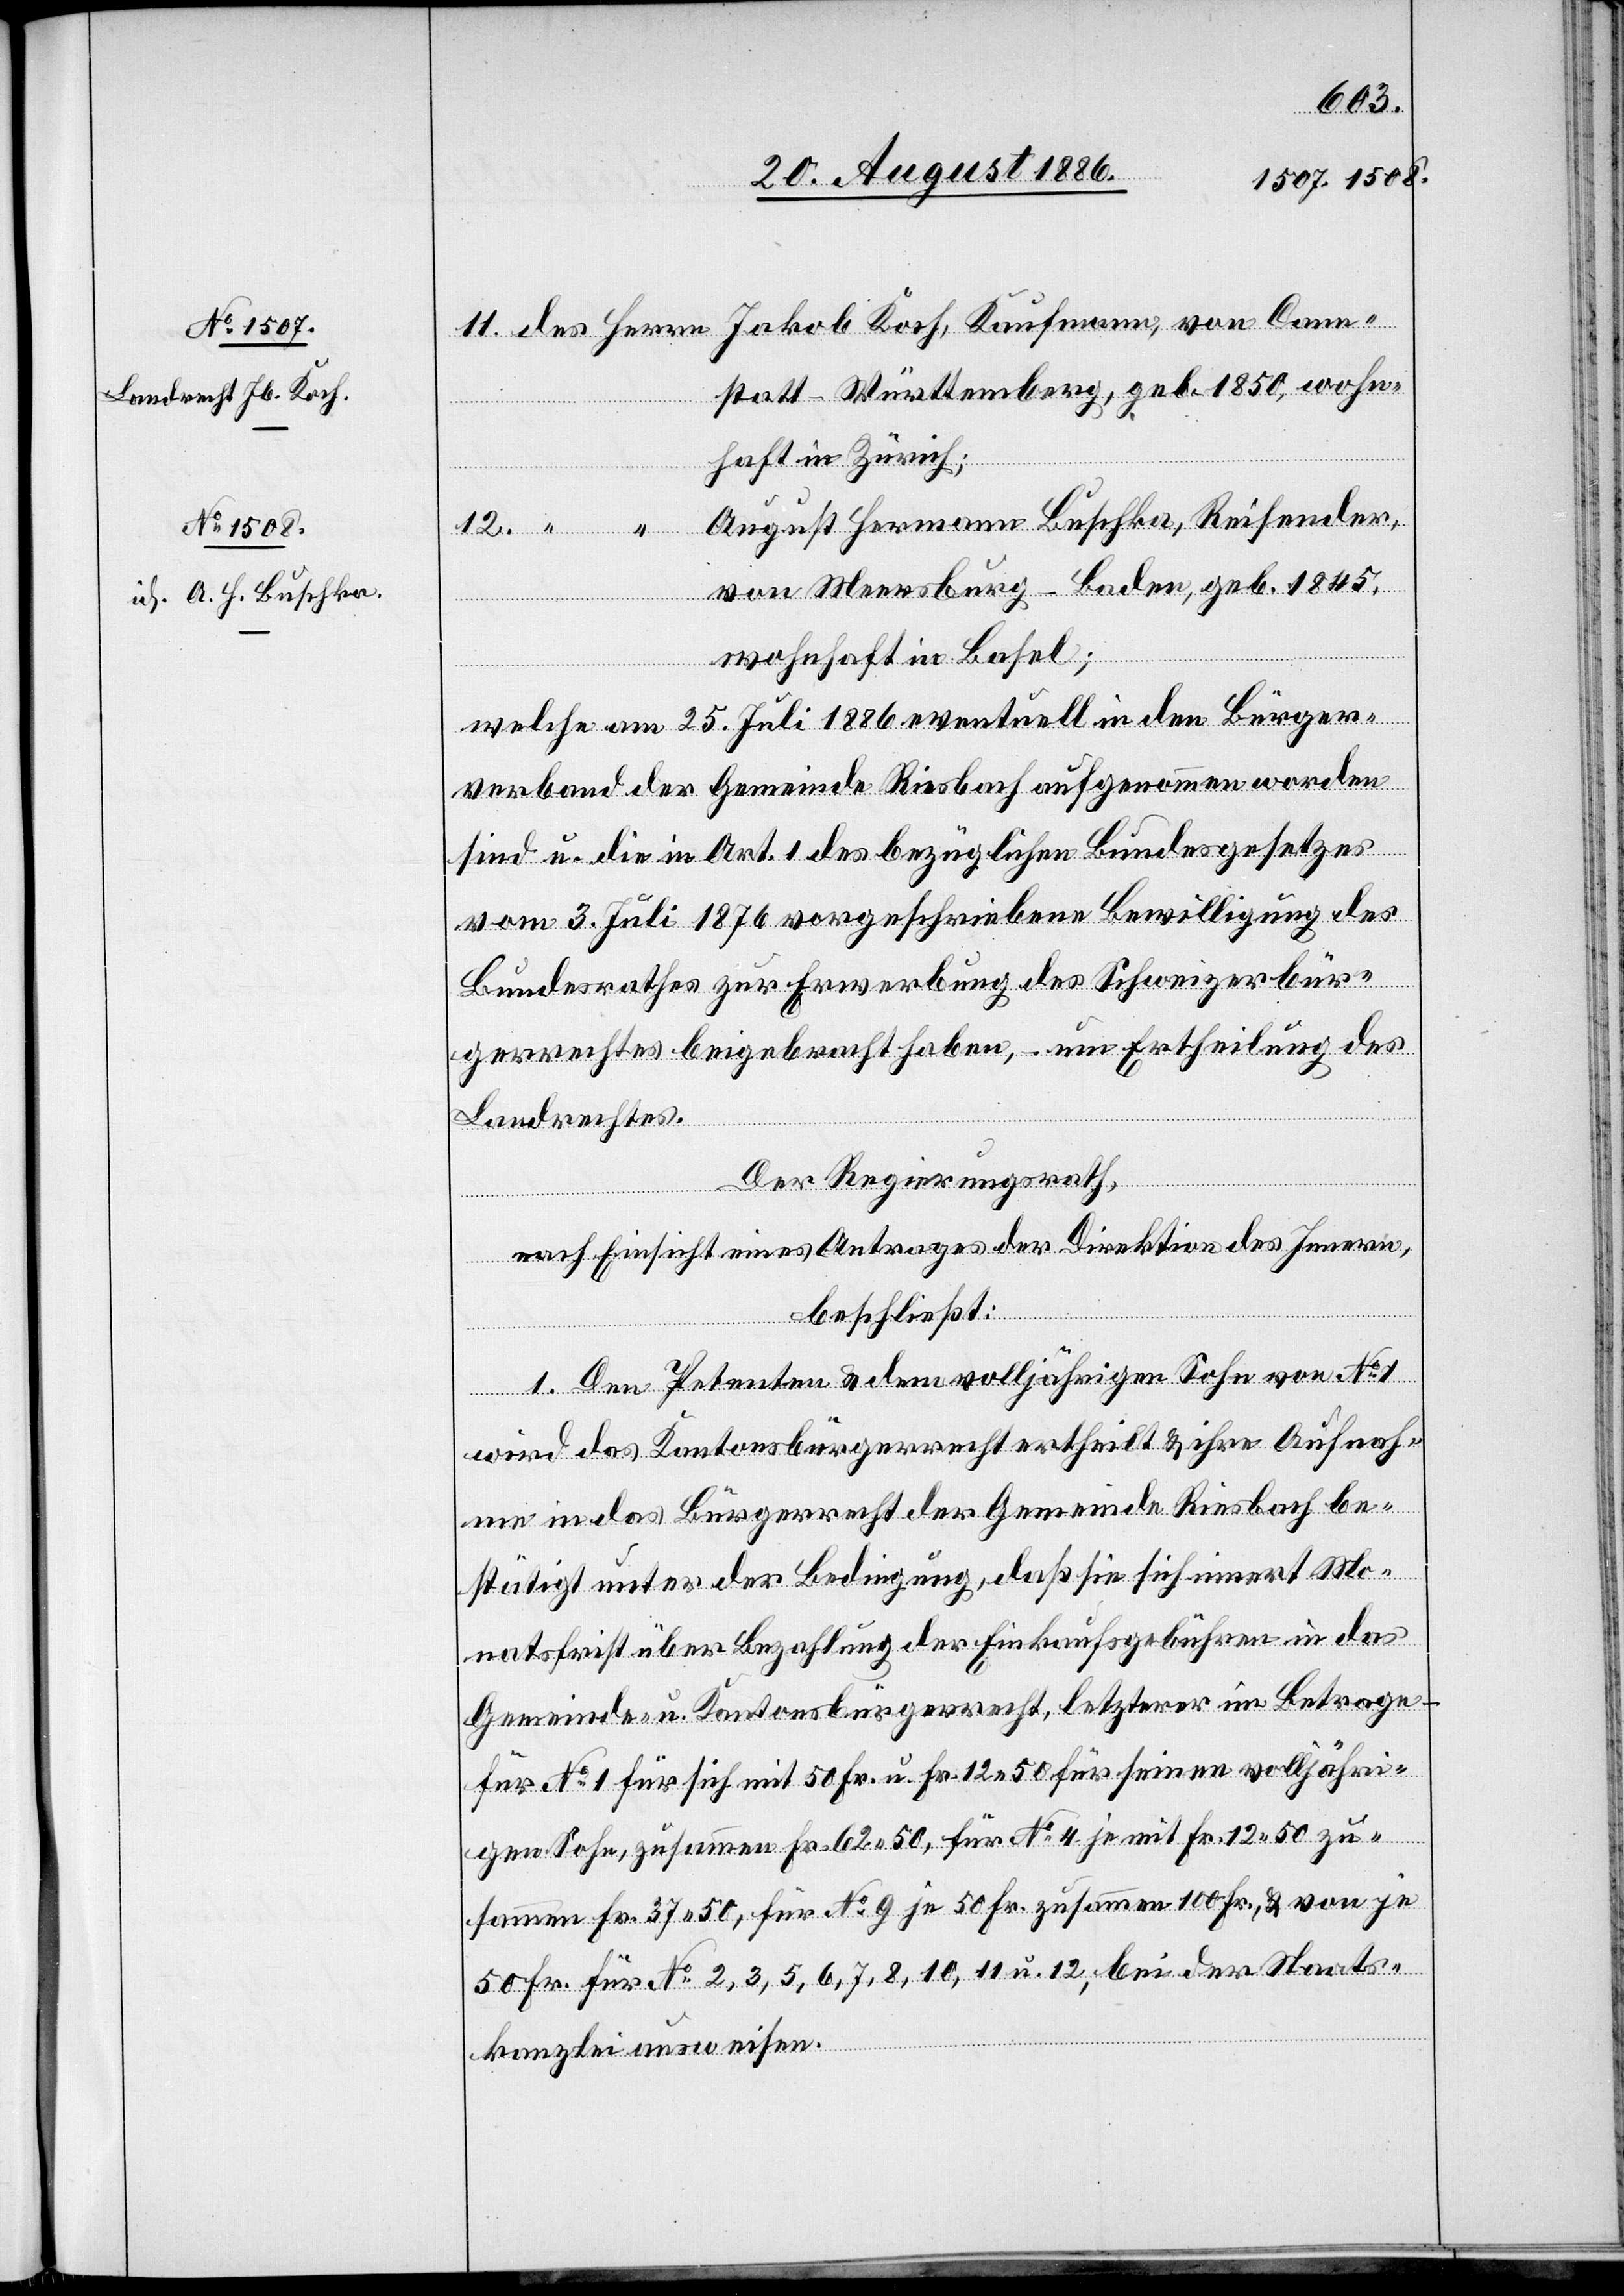
11. des Herrn Jakob Koch, Kaufmann, von Cann¬
statt - Württemberg, geb. 1850, wohn¬
Herrn]
haft in Zürich;
August Hermann Buschka, Reisender,
von Meersburg - Baden, geb. 1845,
wohnhaft in Basel;
welche am 25. Juli 1886 eventuell in den Bürger¬
verband der Gemeinde Riesbach aufgenommen worden
sind u. die in Art. 1 des bezüglichen Bundesgesetzes
vom 3. Juli 1876 vorgeschriebene Bewilligung des
Bundesrathes zur Erwerbung des Schweizerbür¬
gerrechtes beigebracht haben, – um Ertheilung des
Landrechtes.
Der Regierungsrath,
nach Einsicht eines Antrages der Direktion des Innern,
beschließt:
1. Den Petenten & dem volljährigen Sohn von No 1
wird das Kantonsbürgerrecht ertheilt & ihre Aufnah¬
me in das Bürgerrecht der Gemeinde Riesbach be¬
stätigt unter der Bedingung, daß sie sich innert Mo¬
natsfrist über Bezahlung der Einkaufsgebühren in das
Gemeinde- u. Kantonsbürgerrecht, letzterer im Betrage –
für No 1 für sich mit 50 Fr. u. Fr. 12 50 für seinen volljähri¬
gen Sohn, zusammen Fr. 62 50, für No 4 je mit Fr. 12 50 zu¬
sammen Fr. 37 50, für No 9 je 50 Fr. zusammen 100 Fr., & von je
50 Fr. für No 2, 3, 5, 6, 7, 8, 10, 11 u. 12, bei der Staats¬
kanzlei ausweisen.